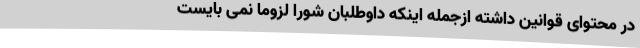
در محتوای قوانین داشته ازجمله اینکه داوطلبان شورا لزوما نمی بایست